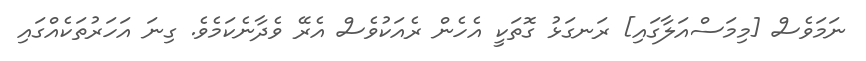
ނަމަވެސް [މިމަސްއަލާގައި] ރަނގަޅު ގޮތަކީ އެހެން ރެއަކުވެސް އެރޭ ވެދާނެކަމެވެ. ގިނަ އަހަރުތަކެއްގައި